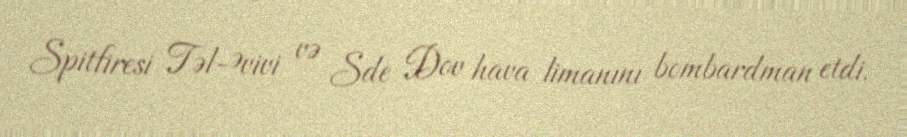
Spitfiresi Təl-Əvivi və Sde Dov hava limanını bombardman etdi.